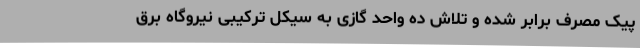
پیک مصرف برابر شده و تلاش ده واحد گازی به سیکل ترکیبی نیروگاه برق